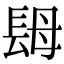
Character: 𨱱